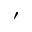
\prime